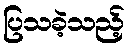
ပြသခဲ့သည့်